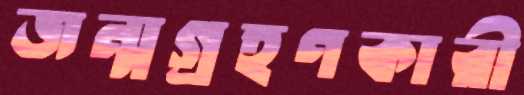
জন্মগ্রহণকারী